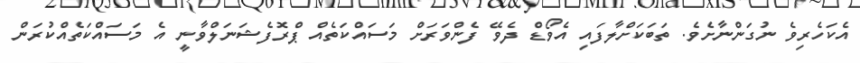
އެކަހެރިވެ ނުގަންނާށެވެ. ތަބަކަށްލާފައި އެވޯޑް ދެވޭ ފެންވަރަށް މަސައްކަތެއް ޕްރޮފެޝަނަލްވާނީ އެ މަސައްކަތެއްކުރަން